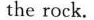
the rock.